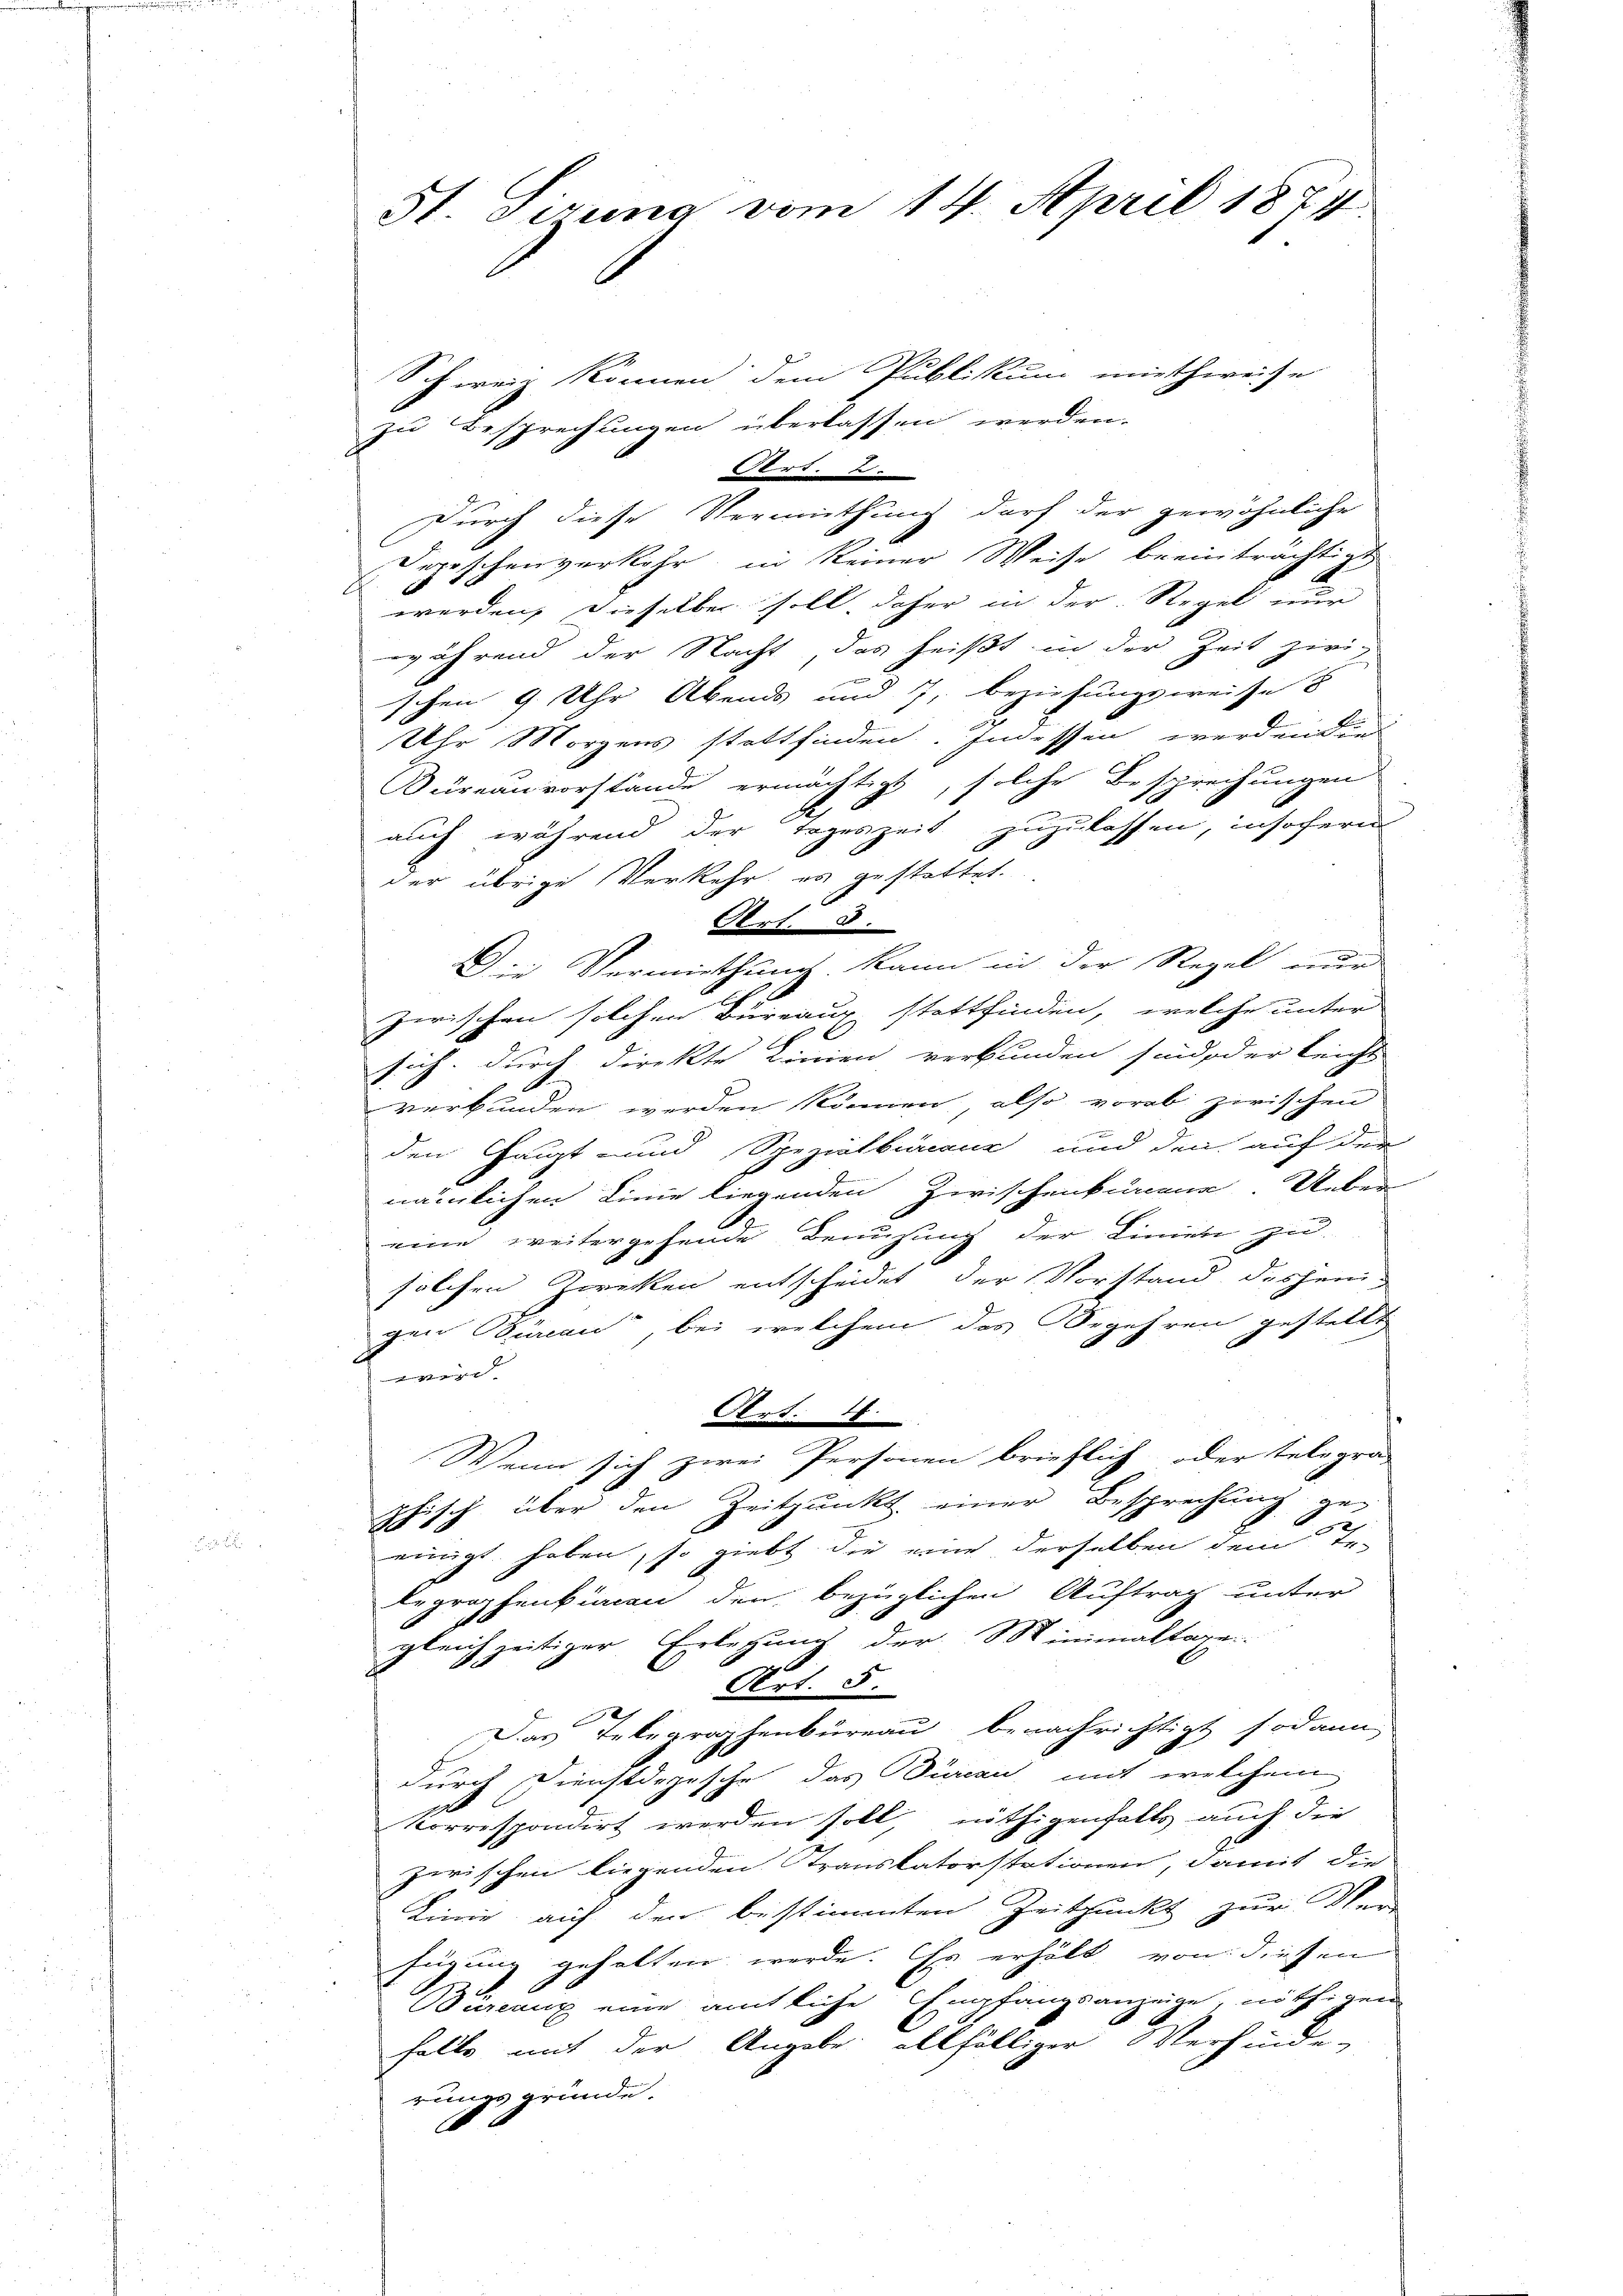
St. Gerina vom 14. April 1874.

Schweiz können dem Publikum miethweise
zu Besprechungen überlassen werden.
stirt. Ber
Durch diese Vermuthung darf der gewöhnliche
Depeschenverkehr in keiner Weise beeinträchtigt
werden, dieselben soll, daher in der Regel nur
während der Nacht, das heißt in der Zeit zwi-
schen 9 Uhr Abends und 7, beziehungsweise
Uhr Morgens stattfinden. Indessen werden die
Büreau vorstände ermächtigt, solche Besprechungen
auch während der Tageszeit zuzulassen, insofern
der übrige Verkehr es gestattet.
Art. 8.
 Vermiethung kann in der Regel eine
zwischen solchen Büreaux stattfinden, welche unter
sich durch direkte Linien verbunden sind oder leicht
verbunden werden können, also vorab zwischen
den Haupt und Spezialkuranz und den auf der
nämlichen Linie liegenden Zwischenkunde. Ueber
eine weitergehende Berufung der Linien zu-
solchen Zwecken entscheidet, der Vorstand desjenigen Büreau, bei welchem das Begehren gestellt
d
Art. 16.
Wenn sich zwei Personen brieflich oder telegra-
phisch über den Zeitpunkt einer Besprechung ge-
einigt haben, so giebt die eine derselben dem Te-
legraphenkiren den bezüglichen Auftrag unter
gleichzeitiger Erlegung der Minimaltage
Art. 5.
Das Telegraphenbüreau benachrichtigt sodann
durch Dienstdepische das Durcan mit welchem
korrespondirt werden soll, nöthigenfalls auch die
zerischen liegenden Transkatorstationen, damit die
Linie auf den bestimmten Zeitpunkt zur Ver-
fügung gehalten werde. Er erhält von diesen
Büreaux eine ämtliche Empfangsanzeige, nöthigen
falle mit der Angabe allfälliger Verfinde-
rungsgründe.